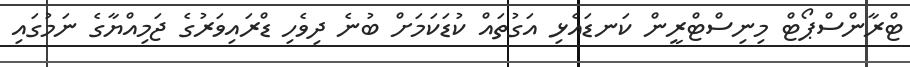
ޓްރާންސްޕޯޓް މިނިސްޓްރީން ކަނޑައެޅި އަގުތައް ކުޑަކަމަށް ބުނެ ދިވެހި ޑްރައިވަރުގެ ޖަމިއްޔާގެ ނަމުގައި